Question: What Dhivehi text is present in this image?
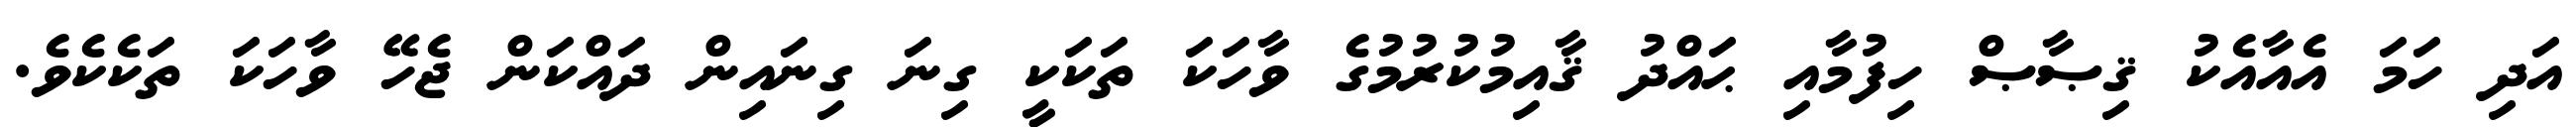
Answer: އަދި ހަމަ އެއާއެކު ޤިޞާޞް ހިފުމާއި ޙައްދު ޤާއިމުކުރުމުގެ ވާހަކަ ތަކަކީ ގިނަ ގިނައިން ދައްކަން ޖެހޭ ވާހަކަ ތަކެކެވެ.